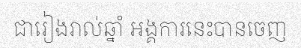
ជារៀងរាល់ឆ្នាំ អង្គការនេះបានចេញ